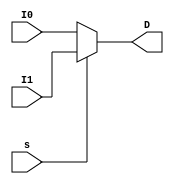
`timescale 1ns / 1ps
module mux2x1_32(I1, I0, s, D);
   input [31:0] I1, I0;
   input s;
   output reg [31:0] D;
   
   always @(I1, I0, s)
   begin
      if (!s) begin
         D = I0;
      end
      else begin
         D = I1;
      end
   end
endmodule